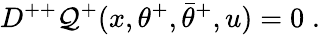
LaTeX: D^{++}\mathcal{Q}^{+}(x,\theta^{+},\bar{{\theta}}^{+},u)=0\; .